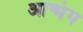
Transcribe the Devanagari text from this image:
आन्मंग